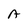
Character: A